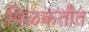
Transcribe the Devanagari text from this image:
मिळकतीत